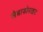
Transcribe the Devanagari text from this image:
लैब्राडोराइट